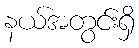
နယ်အတွင်းရှိ